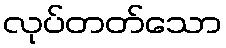
လုပ်တတ်သော